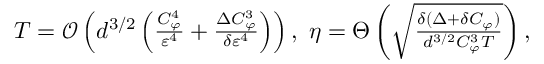
\begin{array} { r } { T = { \mathcal { O } } \left( d ^ { 3 / 2 } \left( \frac { C _ { \varphi } ^ { 4 } } { \varepsilon ^ { 4 } } + \frac { \Delta C _ { \varphi } ^ { 3 } } { \delta \varepsilon ^ { 4 } } \right) \right) , ~ \eta = \Theta \left( \sqrt { \frac { \delta ( \Delta + \delta C _ { \varphi } ) } { d ^ { 3 / 2 } C _ { \varphi } ^ { 3 } T } } \right) , } \end{array}